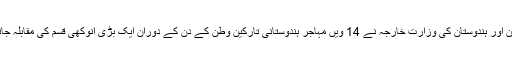
گزشتہ دنوں، پالیسی کمیشن اور ہندوستان کی وزارت خارجہ نے 14 ویں مہاجر ہندوستانی تارکین وطن کے دن کے دوران ایک بڑی انوکھی قسم کی مقابلہ جاتی منصوبہ بندی کی تھی۔